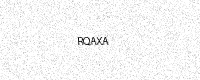
Text: RQAXA